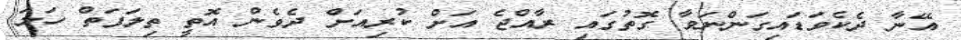
އޭނާ ދެކެވަޑައިގަންނަވާ ގޮތުގައި ރާއްޖެ އަށް ކުރިއަށް ދެވެން އޮތީ ތިލަފަތް ހަމަ